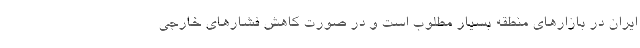
ایران در بازارهای منطقه بسیار مطلوب است و در صورت کاهش فشارهای خارجی